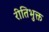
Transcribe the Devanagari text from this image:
रीतिभुक्त